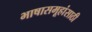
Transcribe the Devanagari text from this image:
भाषासमूहांसाठी